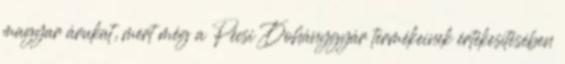
magyar árukat, mert még a Pécsi Dohánygyár termékeinek értékesítésében